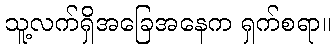
သူ့လက်ရှိအခြေအနေက ရှက်စရာ။